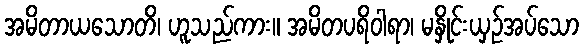
အမိတာယသောတိ၊ ဟူသည်ကား။ အမိတပရိဝါရာ၊ မနှိုင်းယှဉ်အပ်သော